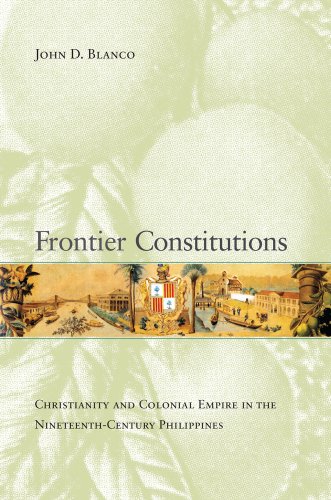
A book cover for Frontier Constitutions: Christianity and Colonial Empire in the Nineteenth-Century Philippines (Asia Pacific Modern); John D. Blanco; History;